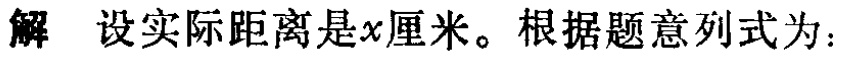
解 设实际距离是\(x\)厘米。根据题意列式为：